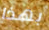
بهذا